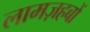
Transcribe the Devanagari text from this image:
लामज़हबों